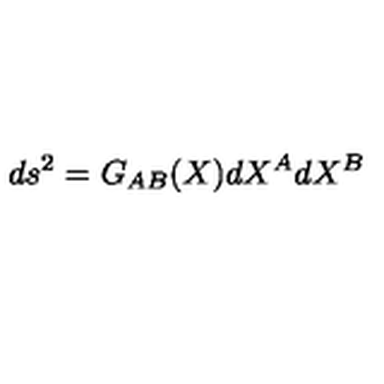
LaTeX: d s ^ { 2 } = G _ { A B } ( X ) d X ^ { A } d X ^ { B }